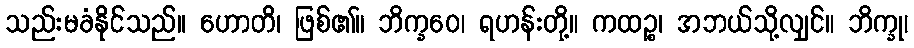
သည်းမခံနိုင်သည်။ ဟောတိ၊ ဖြစ်၏။ ဘိက္ခဝေ၊ ရဟန်းတို့။ ကထဉ္စ၊ အဘယ်သို့လျှင်။ ဘိက္ခု၊